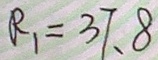
R _ { 1 } = 3 7 . 8